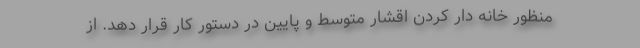
منظور خانه دار کردن اقشار متوسط و پایین در دستور کار قرار دهد. از